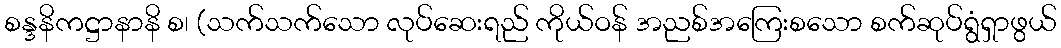
စန္ဒနိကဋ္ဌာနာနိ စ၊ (သက်သက်သော လုပ်ဆေးရည် ကိုယ်ဝန် အညစ်အကြေးစသော စက်ဆုပ်ရွံရှာဖွယ်